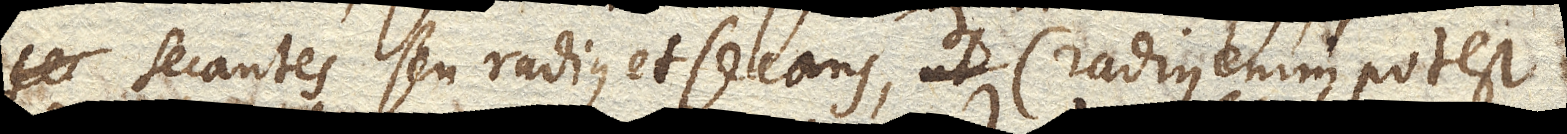
secantes seu radius et secans, (radius enim potest